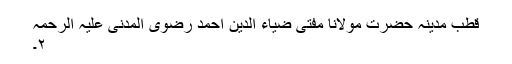
قطب مدینہ حضرت مولانا مفتی ضیاء الدین احمد رضوی المدنی علیہ الرحمہ
۲۔